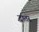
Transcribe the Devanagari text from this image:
दातर